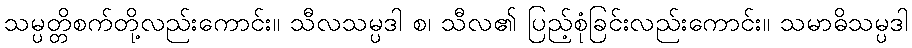
သမ္ပတ္တိစက်တို့လည်းကောင်း။ သီလသမ္ပဒါ စ၊ သီလ၏ ပြည့်စုံခြင်းလည်းကောင်း။ သမာဓိသမ္ပဒါ